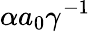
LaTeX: \alpha a_{0}\gamma^{-1}